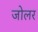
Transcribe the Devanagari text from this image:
जोलर